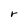
Character: r